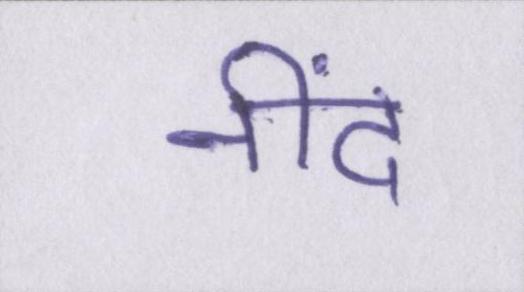
नींद